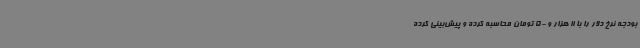
بودجه نرخ دلار را با 11 هزار و 500 تومان محاسبه کرده و پیش‌بینی کرده